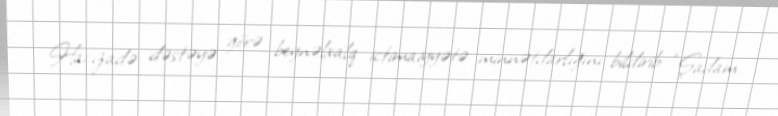
Hacızadə dəstəyə görə beynəlxalq ictimaiyyətə minnətdarlığını bildirib: “Şadam